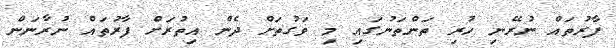
ފާރުތައް ނުރޭނި ހުރި ތަންތަނުގައި މި ވަގުތަށް ދެން އިތުރަށް ފާރުތައް ނުރާނަން